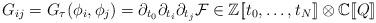
LaTeX: \begin{align*} G_{ij} = G_\tau(\phi_i, \phi_j) = \partial_{t_0} \partial_{t_i} \partial_{t_j} \mathcal{F} \in \mathbb{Z}[ \![t_0, \dots, t_N] \! ] \otimes \mathbb{C}[\![Q]\!] \end{align*}